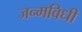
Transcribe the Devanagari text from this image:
जन्मविधी